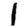
Digit: 1